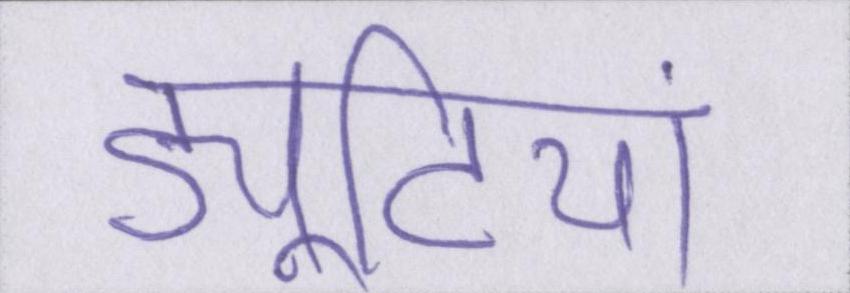
ड्यूटियां